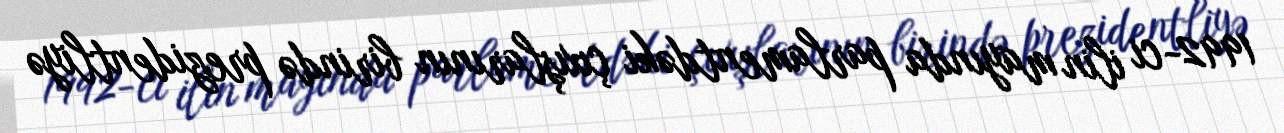
1992-ci ilin mayında parlamentdəki çıxışlarının birində prezidentliyə